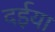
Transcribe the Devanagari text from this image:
दईया